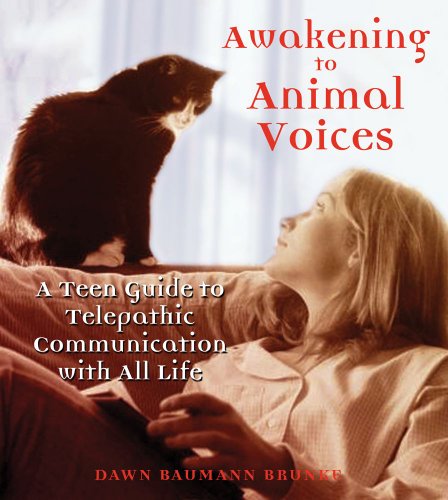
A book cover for Awakening to Animal Voices: A Teen Guide to Telepathic Communication with All Life; Dawn Baumann Brunke; Teen & Young Adult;